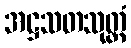
အဋ္ဌသတသုတ္တံ